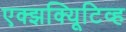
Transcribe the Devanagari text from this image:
एक्झक्यिूटिव्ह